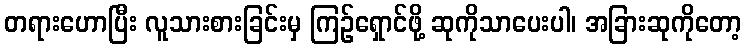
တရားဟောပြီး လူသားစားခြင်းမှ ကြဉ်ရှောင်ဖို့ ဆုကိုသာပေးပါ၊ အခြားဆုကိုတော့